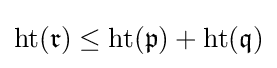
\operatorname {ht} ({\mathfrak {r}})\leq \operatorname {ht} ({\mathfrak {p}})+\operatorname {ht} ({\mathfrak {q}})